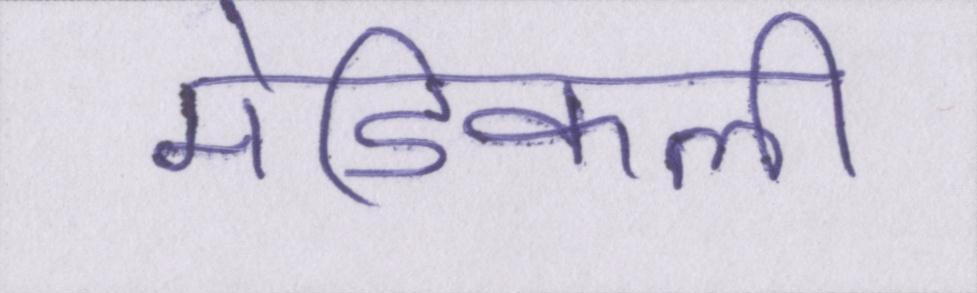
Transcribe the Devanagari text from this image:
मेडिकली